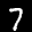
Digit: 7